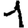
Digit: 1